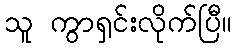
သူ ကွာရှင်းလိုက်ပြီ။